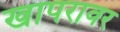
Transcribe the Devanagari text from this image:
खापरावर